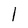
Character: 1